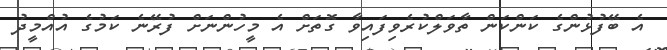
އެ ބޭފުޅުންގެ ކަންކަން ތާވަލްކުރެވިފައިވާ ގޮތަށް އެ މީހުންނަށް ފުރޭނެ ކަމުގެ އުއްމީދު